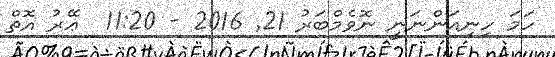
ހަމަ ހިނިއަންނަނީ ނޮވެމްބަރު 21